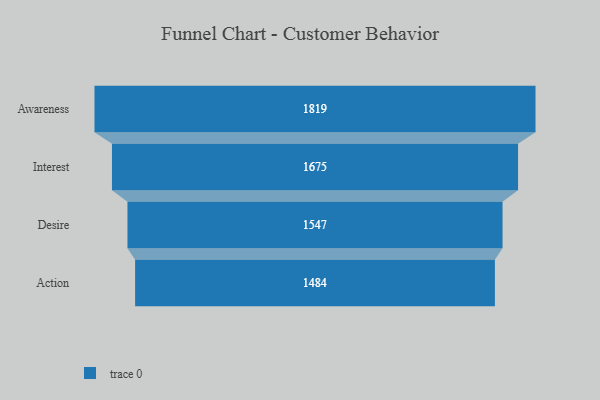
{"axis": {"x": "Stage", "y": "Value"}, "legend": [""], "data": [{"x": "Awareness", "y": 1819.0, "type": ""}, {"x": "Interest", "y": 1675.0, "type": ""}, {"x": "Desire", "y": 1547.0, "type": ""}, {"x": "Action", "y": 1484.0, "type": ""}]}